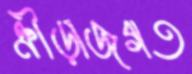
ক্রীড়াজগত